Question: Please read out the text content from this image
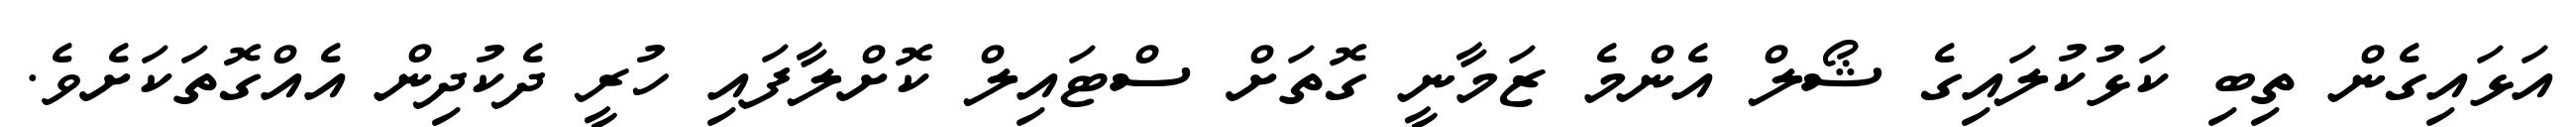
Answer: އަޅައިގެން ތިބި ކަޅުކުލައިގެ ޝޯލް އެންމެ ޒަމާނީ ގޮތަށް ސްޓައިލް ކޮށްލާފައި ހުރީ ދެކުދިން އެއްގޮތަކަށެވެ.